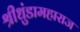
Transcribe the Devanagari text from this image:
श्रीधुंडामहाराज